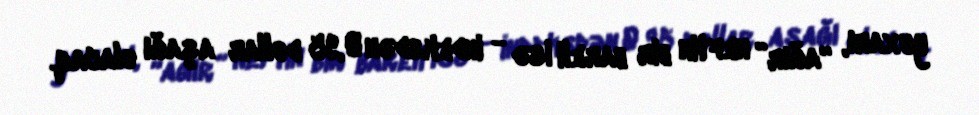
yuxarı, “ağır” neftin bir bareli isə - indeksdən 0,95 dollar aşağı olacaq.